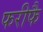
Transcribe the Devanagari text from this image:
फरीफै